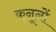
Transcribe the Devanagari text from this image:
कनूनों